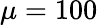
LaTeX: \mu=100